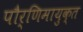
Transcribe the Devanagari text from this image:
पौर्णिमायुक्त